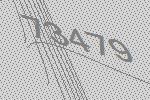
73479